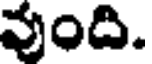
వుంది.